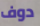
دوف